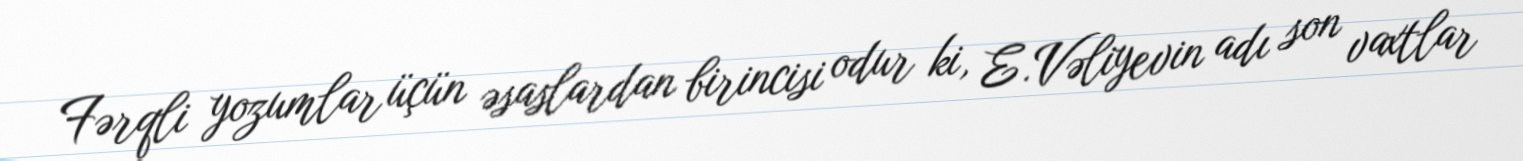
Fərqli yozumlar üçün əsaslardan birincisi odur ki, E.Vəliyevin adı son vaxtlar